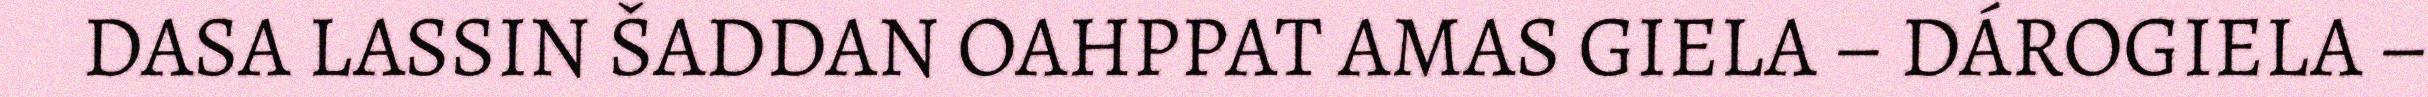
DASA LASSIN ŠADDAN OAHPPAT AMAS GIELA – DÁROGIELA –